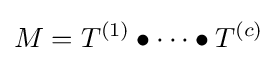
M=T^{(1)}\bullet \dots \bullet T^{(c)}